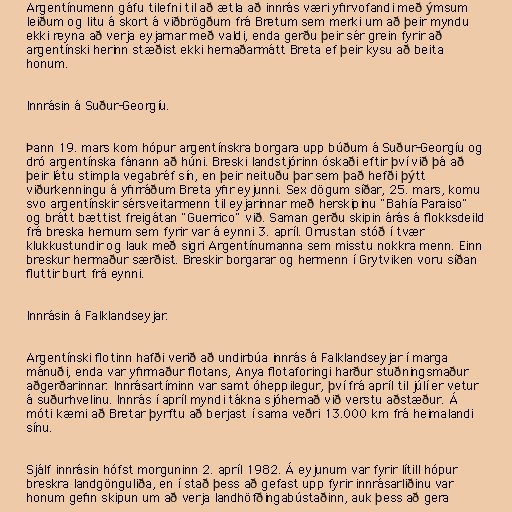
Argentínumenn gáfu tilefni til að ætla að innrás væri yfirvofandi með ýmsum
leiðum og litu á skort á viðbrögðum frá Bretum sem merki um að þeir myndu
ekki reyna að verja eyjarnar með valdi, enda gerðu þeir sér grein fyrir að
argentínski herinn stæðist ekki hernaðarmátt Breta ef þeir kysu að beita
honum.

Innrásin á Suður-Georgíu.

Þann 19. mars kom hópur argentínskra borgara upp búðum á Suður-Georgíu og
dró argentínska fánann að húni. Breski landstjórinn óskaði eftir því við þá að
þeir létu stimpla vegabréf sín, en þeir neituðu þar sem það hefði þýtt
viðurkenningu á yfirráðum Breta yfir eyjunni. Sex dögum síðar, 25. mars, komu
svo argentínskir sérsveitarmenn til eyjarinnar með herskipinu "Bahía Paraiso"
og brátt bættist freigátan "Guerrico" við. Saman gerðu skipin árás á flokksdeild
frá breska hernum sem fyrir var á eynni 3. apríl. Orrustan stóð í tvær
klukkustundir og lauk með sigri Argentínumanna sem misstu nokkra menn. Einn
breskur hermaður særðist. Breskir borgarar og hermenn í Grytviken voru síðan
fluttir burt frá eynni.

Innrásin á Falklandseyjar.

Argentínski flotinn hafði verið að undirbúa innrás á Falklandseyjar í marga
mánuði, enda var yfirmaður flotans, Anya flotaforingi harður stuðningsmaður
aðgerðarinnar. Innrásartíminn var samt óheppilegur, því frá apríl til júlí er vetur
á suðurhvelinu. Innrás í apríl myndi tákna sjóhernað við verstu aðstæður. Á
móti kæmi að Bretar þyrftu að berjast í sama veðri 13.000 km frá heimalandi
sínu.

Sjálf innrásin hófst morguninn 2. apríl 1982. Á eyjunum var fyrir lítill hópur
breskra landgönguliða, en í stað þess að gefast upp fyrir innrásarliðinu var
honum gefin skipun um að verja landhöfðingabústaðinn, auk þess að gera